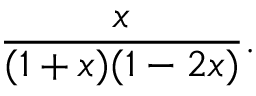
{ \frac { x } { ( 1 + x ) ( 1 - 2 x ) } } .